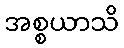
အစ္စယာသိ